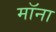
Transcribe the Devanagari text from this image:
मॉना